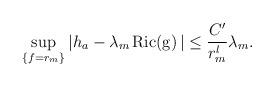
LaTeX: \begin{align*} \sup _{\{f=r_m\}} |h_a-\lambda_m\operatorname{Ric(g)}|\leq \frac{C'}{r_m^l}\lambda_m. \end{align*}